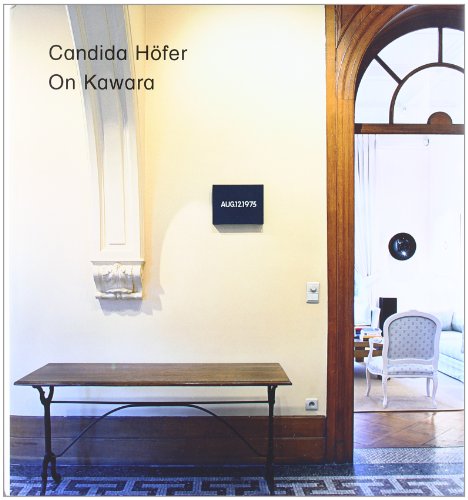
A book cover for Candida Hofer / On Kawara: Date Paintings in Private Collections; Candida Hfer; Health, Fitness & Dieting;